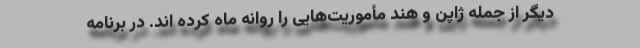
دیگر از جمله ژاپن و هند مأموریت‌هایی را روانه ماه کرده اند. در برنامه